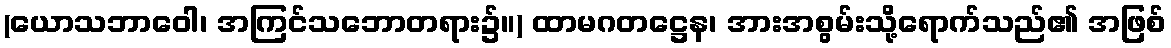
(ယောသဘာဝေါ၊ အကြင်သဘောတရား၌။) ထာမဂတဋ္ဌေန၊ အားအစွမ်းသို့ရောက်သည်၏ အဖြစ်